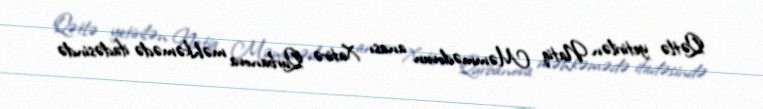
Qətlə yetirilən Natiq Məmmədovun anası Xatirə Qurbanova məhkəmədə ifadəsində